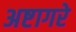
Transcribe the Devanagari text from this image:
अष्टागरे